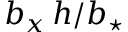
b _ { x } \, h / \ensuremath { b _ { \star } }